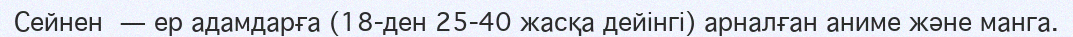
Сейнен — ер адамдарға (18-ден 25-40 жасқа дейінгі) арналған аниме және манга.